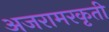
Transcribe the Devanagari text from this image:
अजरामरकृती